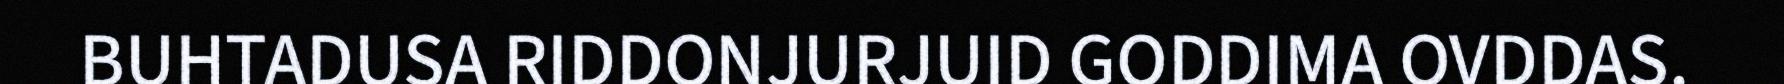
BUHTADUSA RIDDONJURJUID GODDIMA OVDDAS.